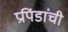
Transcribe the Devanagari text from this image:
प्रपिंडांची